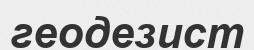
геодезист